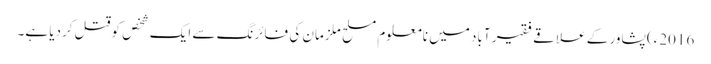
2016ء)پشاور کے علاقے فقیر آباد میں نامعلوم مسلح ملزمان کی فائرنگ سے ایک شخص کوقتل کردیا ہے۔